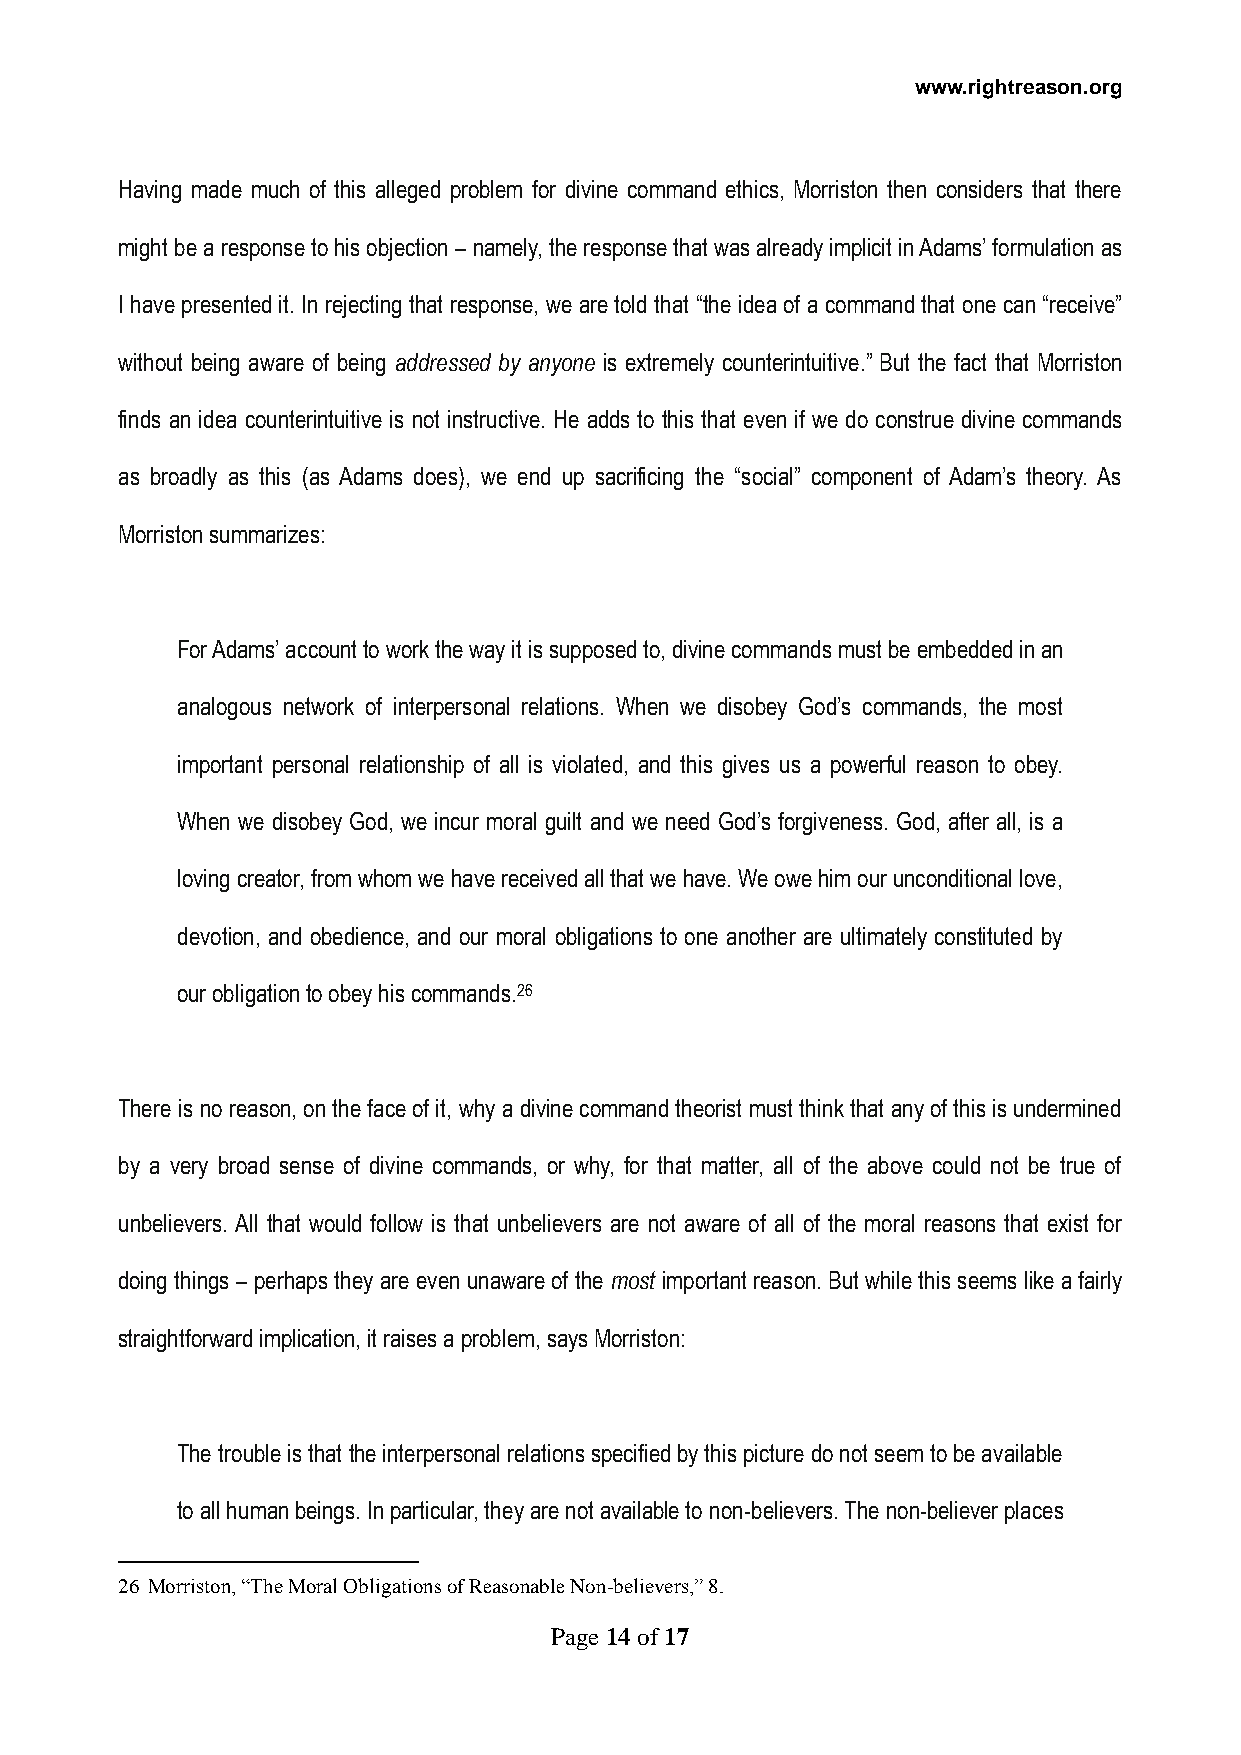
www.rightreason.org
 Having made much of this alleged problem for divine command ethics, Morriston then considers that there
 might be a response to his objection – namely, the response that was already implicit in Adams’ formulation as
 I have presented it. In rejecting that response, we are told that “the idea of a command that one can “receive”
 without being aware of being addressed by anyone is extremely counterintuitive.” But the fact that Morriston
 finds an idea counterintuitive is not instructive. He adds to this that even if we do construe divine commands
 as broadly as this (as Adams does), we end up sacrificing the “social” component of Adam’s theory. As
 Morriston summarizes:
 For Adams’ account to work the way it is supposed to, divine commands must be embedded in an
 analogous network of interpersonal relations. When we disobey God’s commands, the most
 important personal relationship of all is violated, and this gives us a powerful reason to obey.
 When we disobey God, we incur moral guilt and we need God’s forgiveness. God, after all, is a
 loving creator, from whom we have received all that we have. We owe him our unconditional love,
 devotion, and obedience, and our moral obligations to one another are ultimately constituted by
 our obligation to obey his commands.26
 There is no reason, on the face of it, why a divine command theorist must think that any of this is undermined
 by a very broad sense of divine commands, or why, for that matter, all of the above could not be true of
 unbelievers. All that would follow is that unbelievers are not aware of all of the moral reasons that exist for
 doing things – perhaps they are even unaware of the most important reason. But while this seems like a fairly
 straightforward implication, it raises a problem, says Morriston:
 The trouble is that the interpersonal relations specified by this picture do not seem to be available
 to all human beings. In particular, they are not available to non-believers. The non-believer places
 26 Morriston, “The Moral Obligations of Reasonable Non-believers,” 8.
 Page 14 of 17